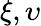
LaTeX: \xi,\upsilon